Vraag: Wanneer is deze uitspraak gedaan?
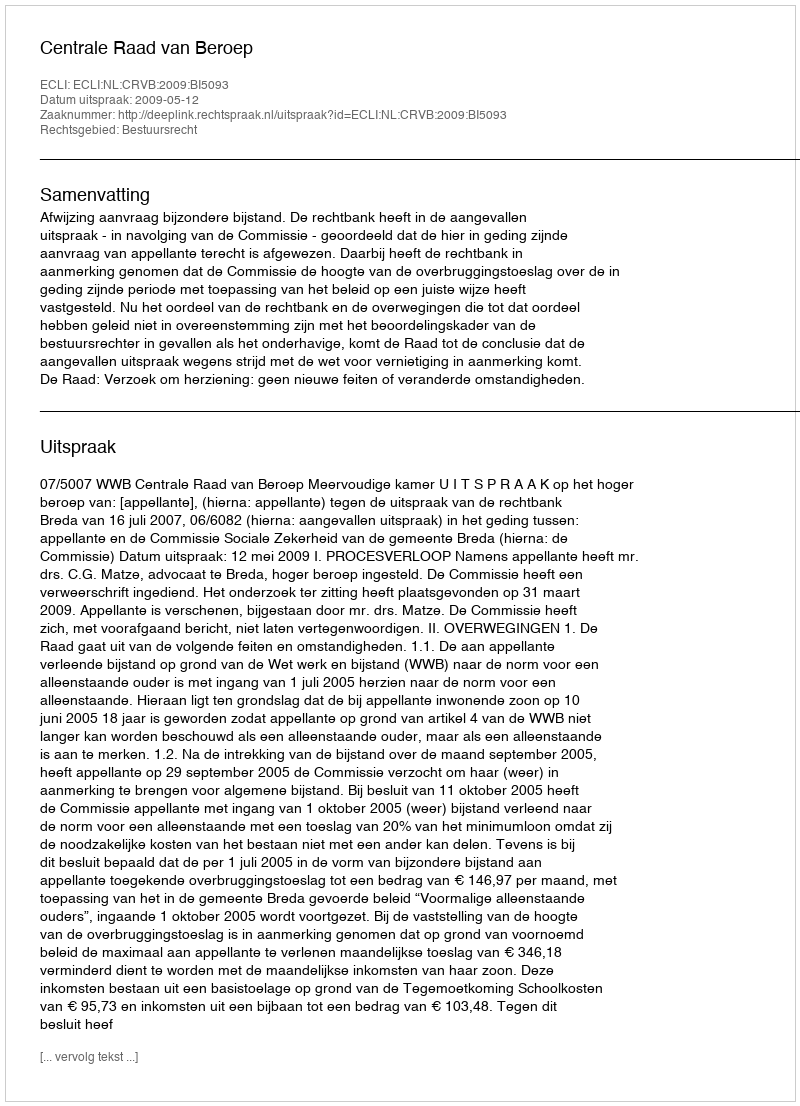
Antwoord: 2009-05-12